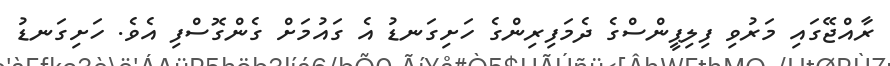
ރާއްޖޭގައި މަރުވި ފިލިޕީންސްގެ ދެމަފިރިންގެ ހަށިގަނޑު އެ ގައުމަށް ގެންގޮސްފި އެވެ. ހަށިގަނޑު